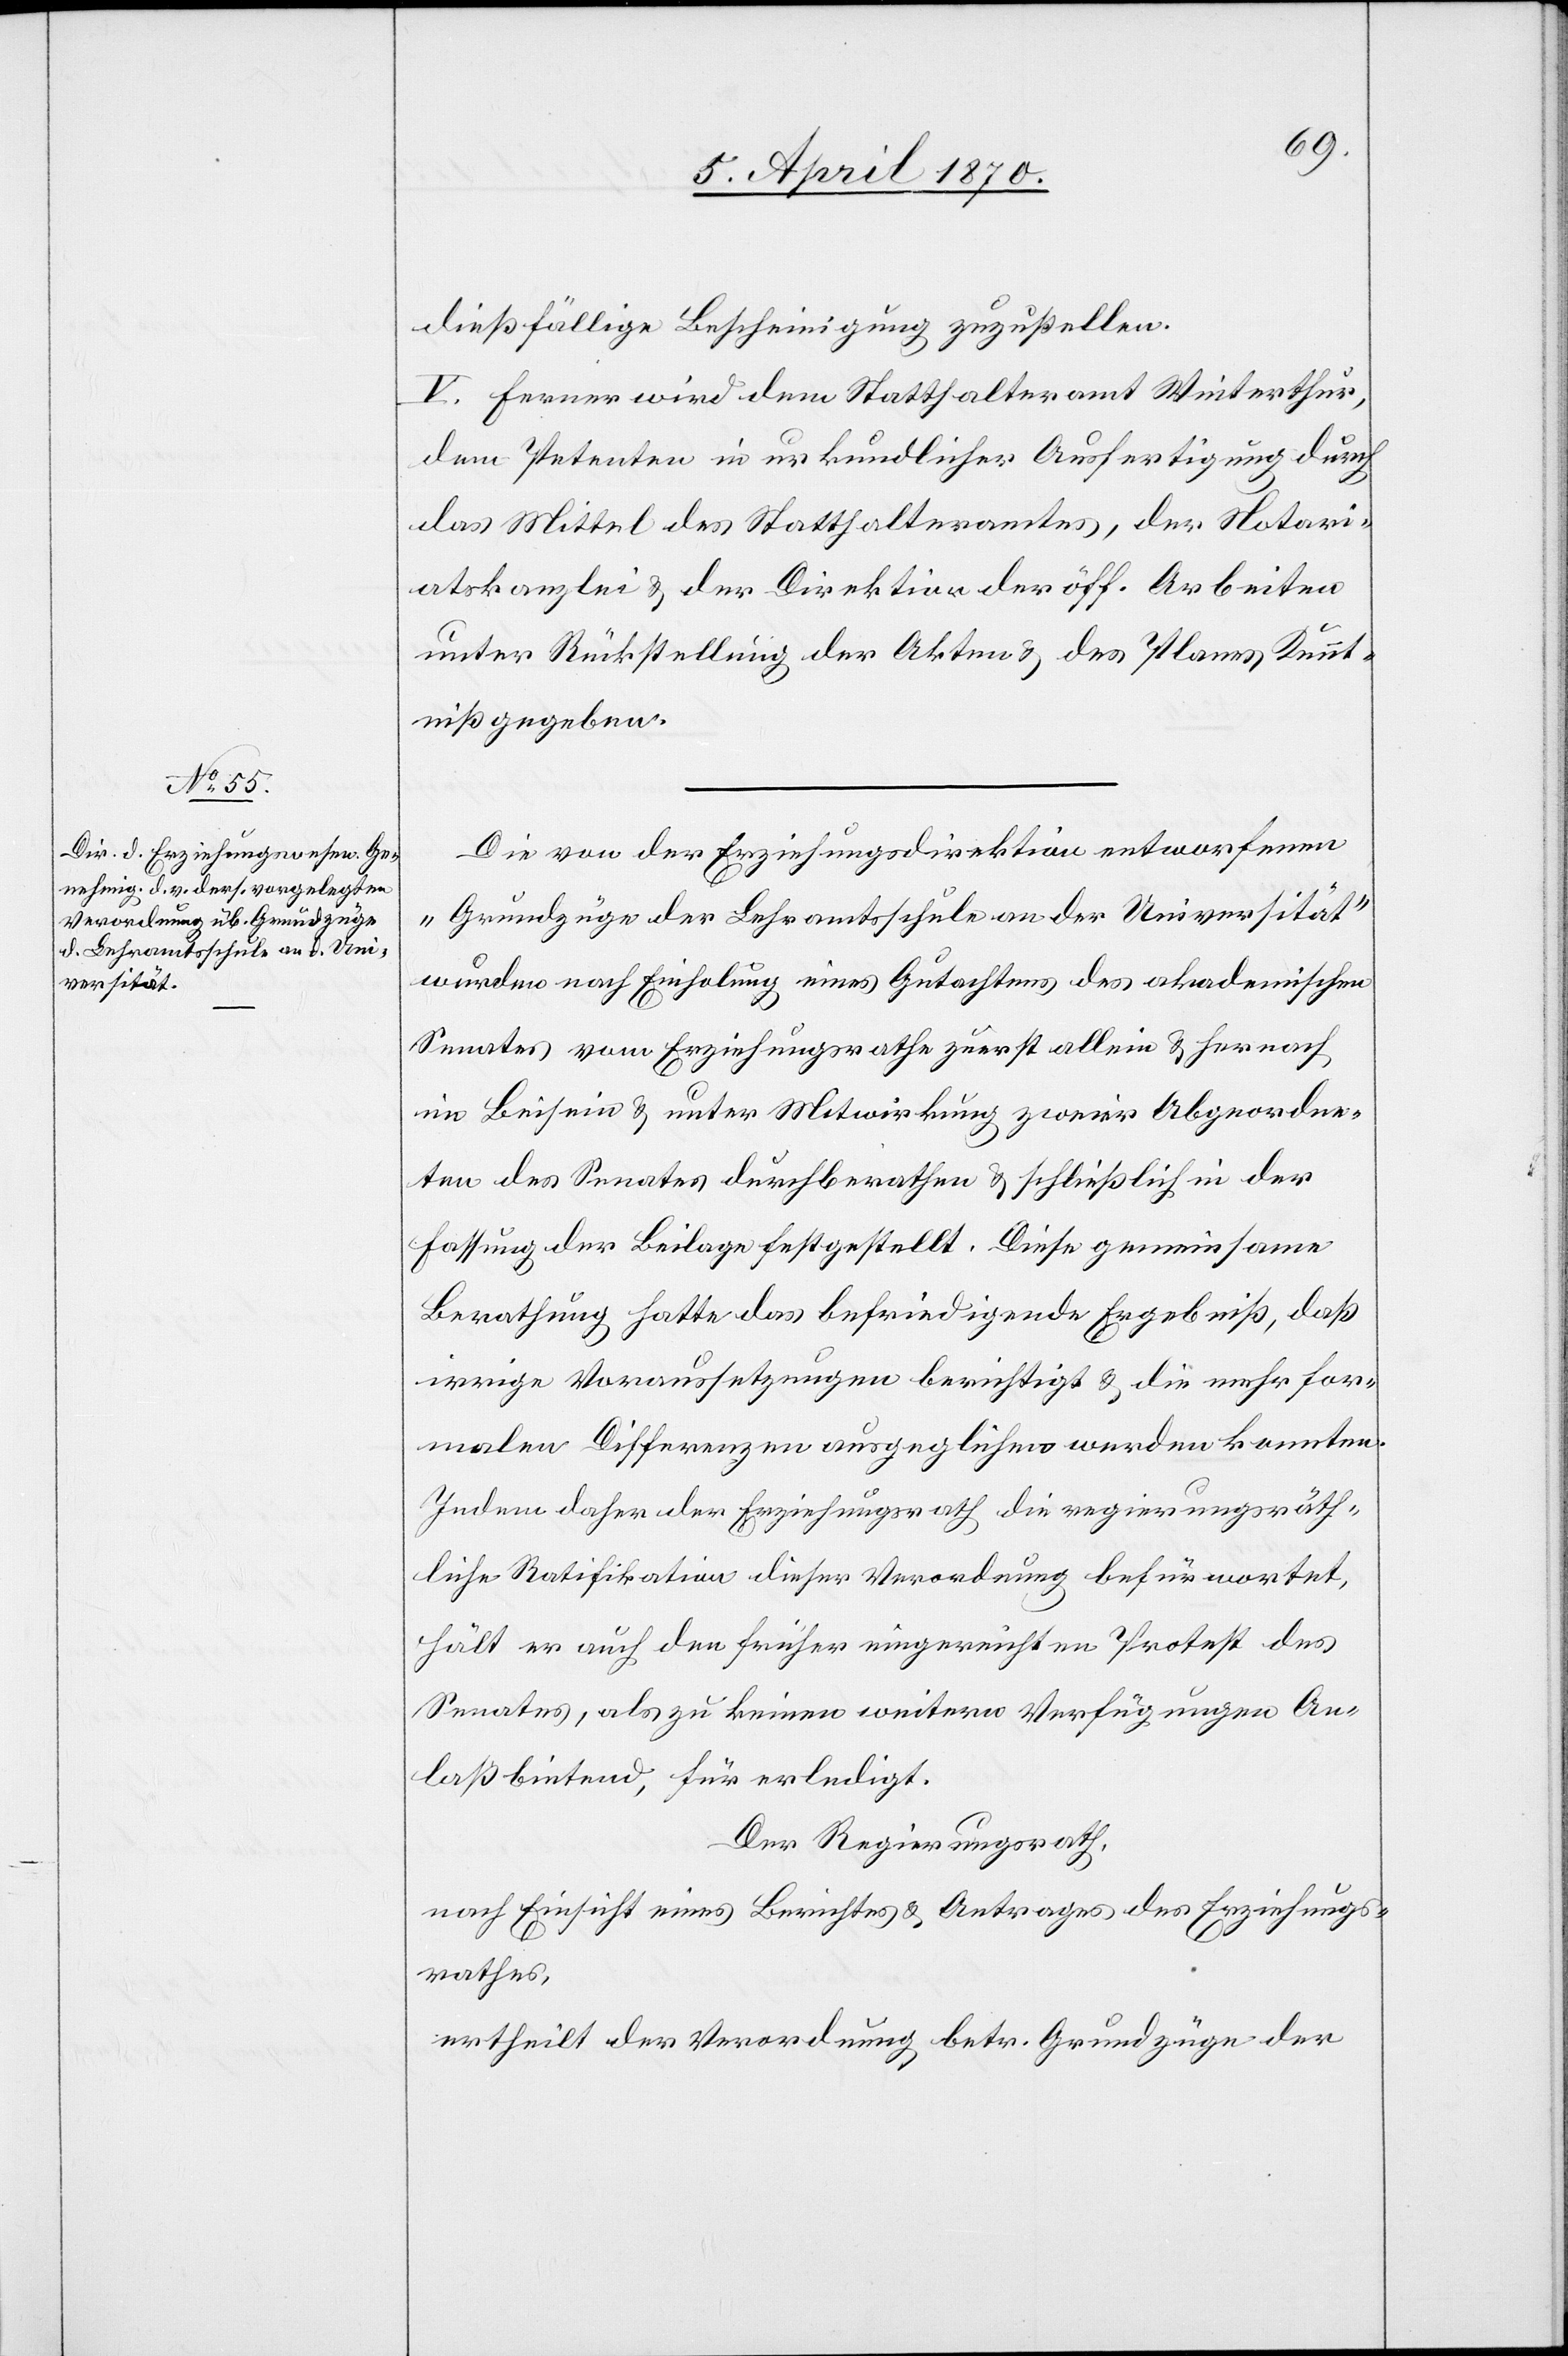
dießfällige Bescheinigung zuzustellen.
V. Ferner wird dem Statthalteramt Winterthur,
dem Petenten in urkundlicher Ausfertigung durch
das Mittel des Statthalteramtes, der Notari¬
atskanzlei & der Direktion der öff. Arbeiten
unter Rückstellung der Akten & des Planes Kennt¬
niß gegeben.
Die von der Erziehungsdirektion entworfenen
„Grundzüge der Lehramtsschule an der Universität“
wurden nach Einholung eines Gutachtens des akademischen
Senates vom Erziehungsrathe zuerst allein & hernach
im Beisein & unter Mitwirkung zweier Abgeordne¬
ten des Senates durchberathen & schließlich in der
Fassung der Beilage festgestellt. Diese gemeinsame
Berathung hatte das befriedigende Ergebniß, daß
irrige Voraussetzungen berichtigt & die mehr for¬
malen Differenzen ausgeglichen werden konnten.
Indem daher der Erziehungsrath die regierungsräth¬
liche Ratifikation dieser Verordnung befürwortet,
hält er auch den früher eingereichten Protest des
Senates, als zu keinen weitern Verfügungen An¬
laß bietend, für erledigt.
Der Regierungsrath,
nach Einsicht eines Berichtes & Antrages des Erziehungs¬
rathes,
ertheilt der Verordnung betr. Grundzüge der